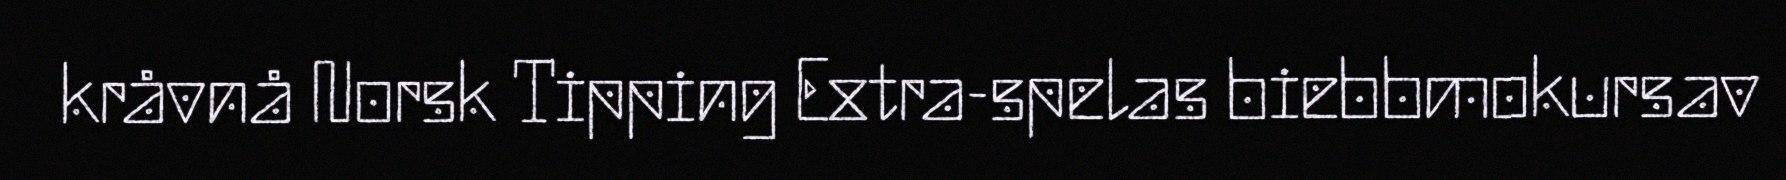
kråvnå Norsk Tipping Extra-spelas biebbmokursav